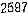
2697